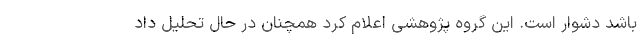
باشد دشوار است. این گروه پژوهشی اعلام کرد همچنان در حال تحلیل داد